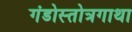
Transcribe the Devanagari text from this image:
गंडोस्तोत्रगाथा